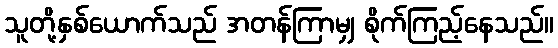
သူတို့နှစ်ယောက်သည် အတန်ကြာမျှ စိုက်ကြည့်နေသည်။